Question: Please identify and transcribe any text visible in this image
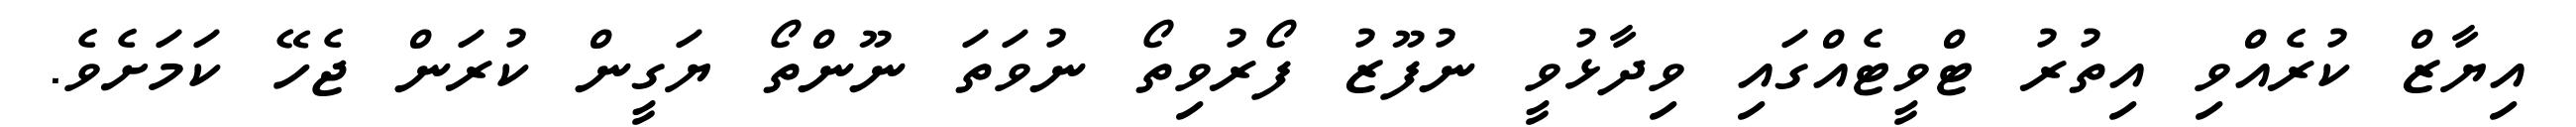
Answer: އިޔާޒް ކުރެއްވި އިތުރު ޓްވީޓެއްގައި ވިދާޅުވީ ނުފޫޒު ފޯރުވިތޯ ނުވަތަ ނޫންތޯ ޔަގީން ކުރަން ޖެހޭ ކަމަށެވެ.